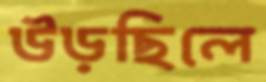
উড়ছিলে